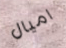
اميال